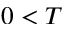
0 < T